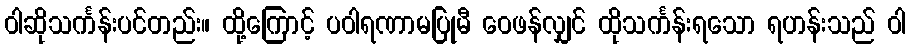
ဝါဆိုသင်္ကန်းပင်တည်း။ ထို့ကြောင့် ပဝါရဏာမပြုမီ ဝေဖန်လျှင် ထိုသင်္ကန်းရသော ရဟန်းသည် ဝါ